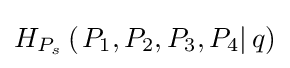
H_{P_{s}}\left(\left.P_{1},P_{2},P_{3},P_{4}\right|q\right)